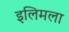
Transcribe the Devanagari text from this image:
इलिमला